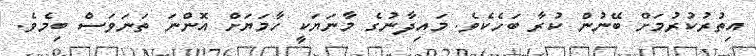
އިތުރުކުރުމަށް ބޭނުން ކުރާ ބަހެކެވެ. މައިދާނުގެ މާނަޔަކީ ހާމަޔަށް އޮންނަ ތަނަވަސް ބިމެވެ.